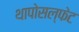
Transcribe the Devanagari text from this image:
थापोसल्फेट